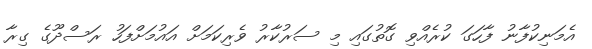
އެމަނިކުފާނު ފާހަގަ ކުރެެއްވި ގޮތުގައި މި ސަރުކާރު ވެރިކަމަށް އައުމަށްފަހު ރަސްދޫގެ ގިރާ